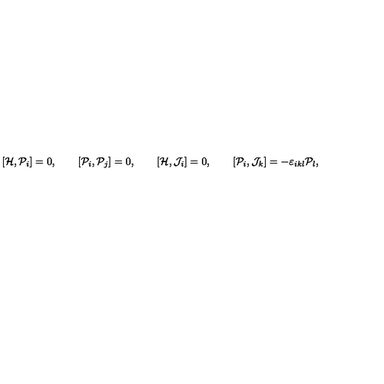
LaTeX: [ { \cal H } , { \cal P } _ { i } ] = 0 , \qquad [ { \cal P } _ { i } , { \cal P } _ { j } ] = 0 , \qquad [ { \cal H } , { \cal J } _ { i } ] = 0 , \qquad [ { \cal P } _ { i } , { \cal J } _ { k } ] = - \varepsilon _ { i k l } { \cal P } _ { l } ,